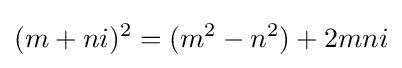
(m+ni)^{2}=(m^{2}-n^{2})+2mni